Annual report on the health of the army in India
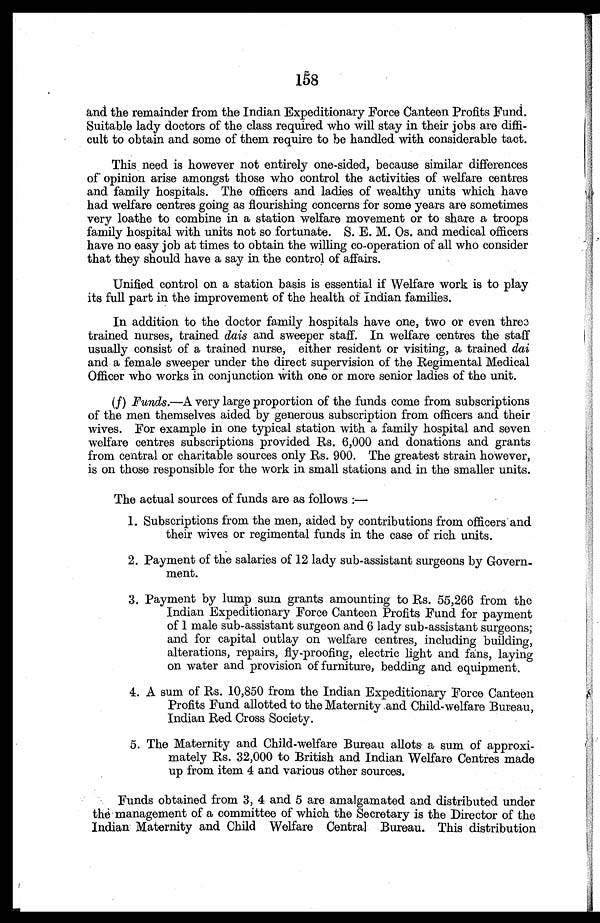
and the remainder from the Indian Expeditionary Force Canteen Profits Fund.
Suitable lady doctors of the class required who will stay in their jobs are diffi
-cult to obtain and some of them require to he handled with considerable tact.
This need is however not entirely one-sided, because similar differences
of opinion arise amongst those who control the activities of welfare centres
and family hospitals. The officers and ladies of wealthy units which have
had welfare centres going as flourishing concerns for some years are sometimes
very loathe to combine in a station welfare movement or to share a troops
family hospital with units not so fortunate. S. E. M. Os. and medical officers
have no easy job at times to obtain the willing co-operation of all who consider
that they should have a say in the control of affairs.
Unified control on a station basis is essential if Welfare work is to play
its full part in the improvement of the health of Indian families.
In addition to the doctor family hospitals have one, two or even three
trained nurses, trained dais and sweeper staff. In welfare centres the staff
usually consist of a trained nurse, either resident or visiting, a trained dai
and a female sweeper under the direct supervision of the Regimental Medical
Officer who works in conjunction with one or more senior ladies of the unit.
(f) Funds.—A very large proportion of the funds come from subscriptions
of the men themselves aided by generous subscription from officers and their
wives. For example in one typical station with a family hospital and seven
welfare centres subscriptions provided Rs. 6,000 and donations and grants
from central or charitable sources only Rs. 900. The greatest strain however,
is on those responsible for the work in small stations and in the smaller units.
The actual sources of funds are as follows:—
1. Subscriptions from the men, aided by contributions from officers and
their wives or regimental funds in the case of rich units.
2. Payment of the salaries of 12 lady sub-assistant surgeons by Govern
-ment.
3. Payment by lump sum grants amounting to Rs. 55,266 from the
Indian Expeditionary Force Canteen Profits Fund for payment
of 1 male sub-assistant surgeon and 6 lady sub-assistant surgeons;
and for capital outlay on welfare centres, including building,
alterations, repairs, fly-proofing, electric light and fans, laying
on water and provision of furniture, bedding and equipment.
4. A sum of Rs. 10,850 from the Indian Expeditionary Force Canteen
Profits Fund allotted to the Maternity and Child-welfare Bureau,
Indian Red Cross Society.
5. The Maternity and Child-welfare Bureau allots a sum of approxi
- m a t e l y R s . 3 2 , 0 0 0 t o B r i t i s h a n d I n d i a n W e l f a r e C e n t r e s m a d e
up from item 4 and various other sources.
Funds obtained from 3, 4 and 5 are amalgamated and distributed under
the management of a committee of which the Secretary is the Director of the
Indian Maternity and Child Welfare Central Bureau. This distribution